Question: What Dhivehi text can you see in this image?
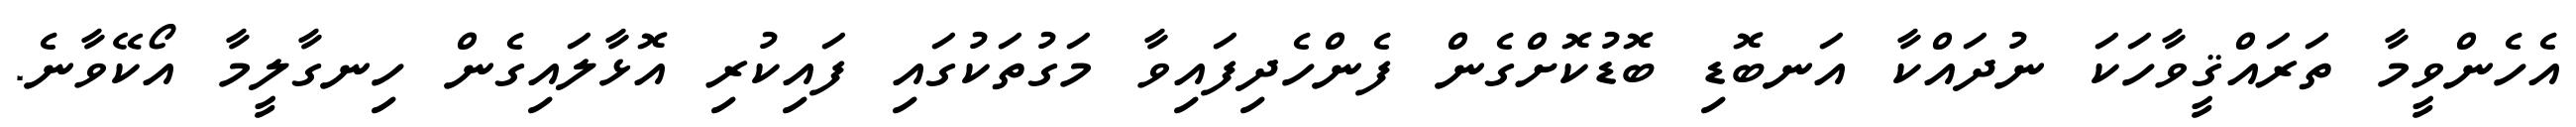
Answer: އެހެންވީމާ ތަރައްޤީވާހަކަ ނުދައްކާ އަނބޮޑި ބޮޑުކޮށްގެން ފެންހެދިފައިވާ މަގުތަކުގައި ފައިކުރި އޮޅާލައިގެން ހިނގާލީމާ އޯކޭވާނެ.